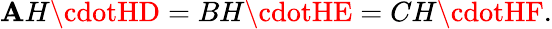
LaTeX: \mathbf{A}H\cdotHD=BH\cdotHE=CH\cdotHF.